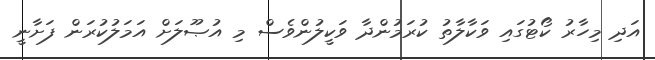
އަދި މިހާރު ކޯޓުގައި ވަކާލާތު ކުރަމުންދާ ވަކީލުންވެސް މި އުޞޫލަށް އަމަލުކުރަން ފަށާނީ